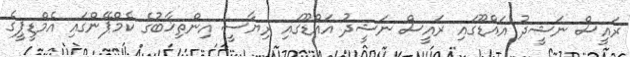
ރައީސް ނަޝީދު އައްޑޫގައި ރައީސް ނަޝީދު އައްޑޫގައި ރިޔާސީ އިންތިޚާބުގެ ކެމްޕޭންގައި އެމްޑީޕީގެ